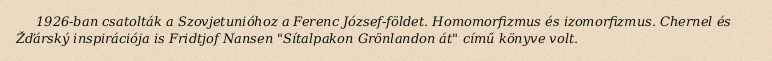
1926-ban csatolták a Szovjetunióhoz a Ferenc József-földet. Homomorfizmus és izomorfizmus. Chernel és Žďárský inspirációja is Fridtjof Nansen "Sítalpakon Grönlandon át" című könyve volt.